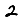
Digit: 2